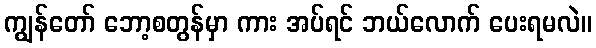
ကျွန်တော် ဘော့စတွန်မှာ ကား အပ်ရင် ဘယ်လောက် ပေးရမလဲ။